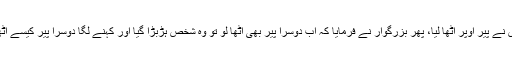
تو اُس نے پیر اوپر اُٹھا لیا، پھر بزرگوار نے فرمایا کہ اب دوسرا پیر بھی اُٹھا لو تو وہ شخص ہڑبڑا گیا اور کہنے لگا دوسرا پیر کیسے اُٹھاؤں۔